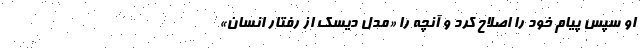
او سپس پیام خود را اصلاح کرد و آنچه را «مدل دیسک از رفتار انسان»